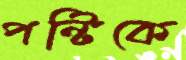
পন্টিকে